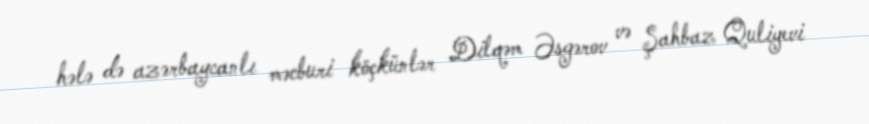
hələ də azərbaycanlı məcburi köçkünlər Dilqəm Əsgərov və Şahbaz Quliyevi